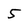
Character: 5